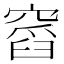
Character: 𥧹